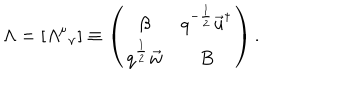
\Lambda = [ { { \mit \Lambda } ^ { \mu } } _ { \nu } ] \equiv \left( \begin{matrix} { { \beta } } & { { q ^ { - \frac 1 2 } \vec { u } ^ { \dagger } } } \\ { { q ^ { \frac 1 2 } \vec { w } } } & { { B } } \\ \end{matrix} \right) .